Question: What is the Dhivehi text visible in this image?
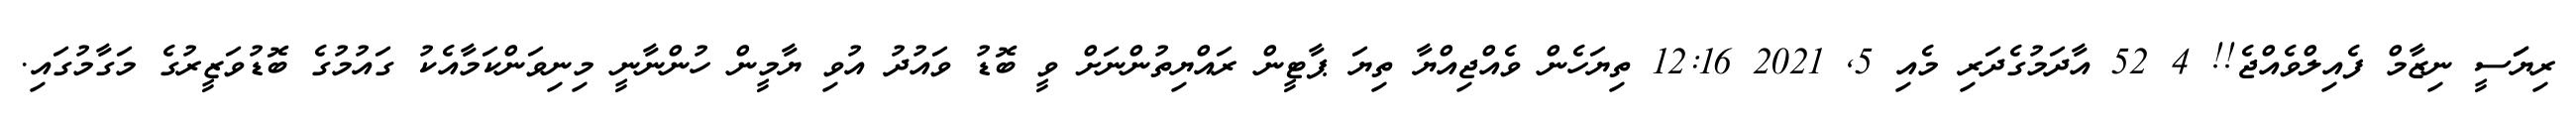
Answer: ރިޔަަސީ ނިޒާމް ފެއިލްވެއްޖެ!! 4 52 އާދަމުގެދަރި މެއި 5, 2021 12:16 ތިޔަހެން ވެއްޖިއްޔާ ތިޔަ ޕާޓީން ރައްޔިތުންނަށް ވީ ބޮޑު ވައުދު އުވި ޔާމީން ހުންނާނީ މިނިވަންކަމާއެކު ގައުމުގެ ބޮޑުވަޒީރުގެ މަގާމުގައި.